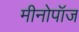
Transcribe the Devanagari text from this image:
मीनोपॉज